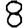
Digit: 8